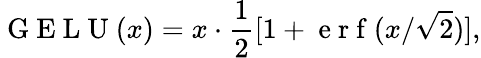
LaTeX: \mathrm{~G~E~L~U~}(x)=x\cdot\frac{1}{2}[1+\mathrm{~e~r~f~}(x/\sqrt{2})],